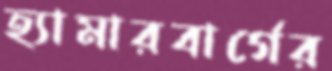
হ্যামারবার্গের